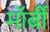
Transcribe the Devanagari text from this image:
मॉर्बी